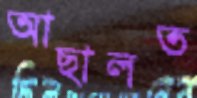
আছালত